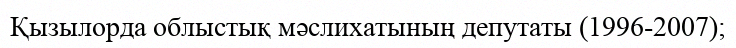
Қызылорда облыстық мәслихатының депутаты (1996-2007);